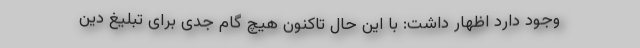
وجود دارد اظهار داشت: با این حال تاکنون هیچ گام جدی برای تبلیغ دین